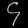
Digit: ၄